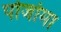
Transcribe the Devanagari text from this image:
पोजोमा